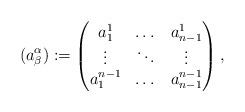
LaTeX: \begin{align*} (a^\alpha_\beta):= \begin{pmatrix} a^1_1 & \dots & a^1_{n-1} \\ \vdots & \ddots & \vdots \\ a^{n-1}_1 & \dots & a^{n-1}_{n-1} \\ \end{pmatrix},\end{align*}